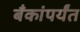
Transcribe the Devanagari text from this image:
बँकांपर्यंत